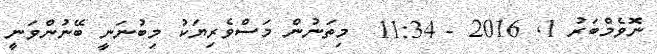
ނޮވެމްބަރު 1